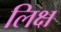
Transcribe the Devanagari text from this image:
लिक्ष